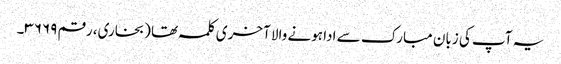
یہ آپ کی زبان مبارک سے ادا ہونے والا آخری کلمہ تھا (بخاری، رقم ۳۶۶۹۔